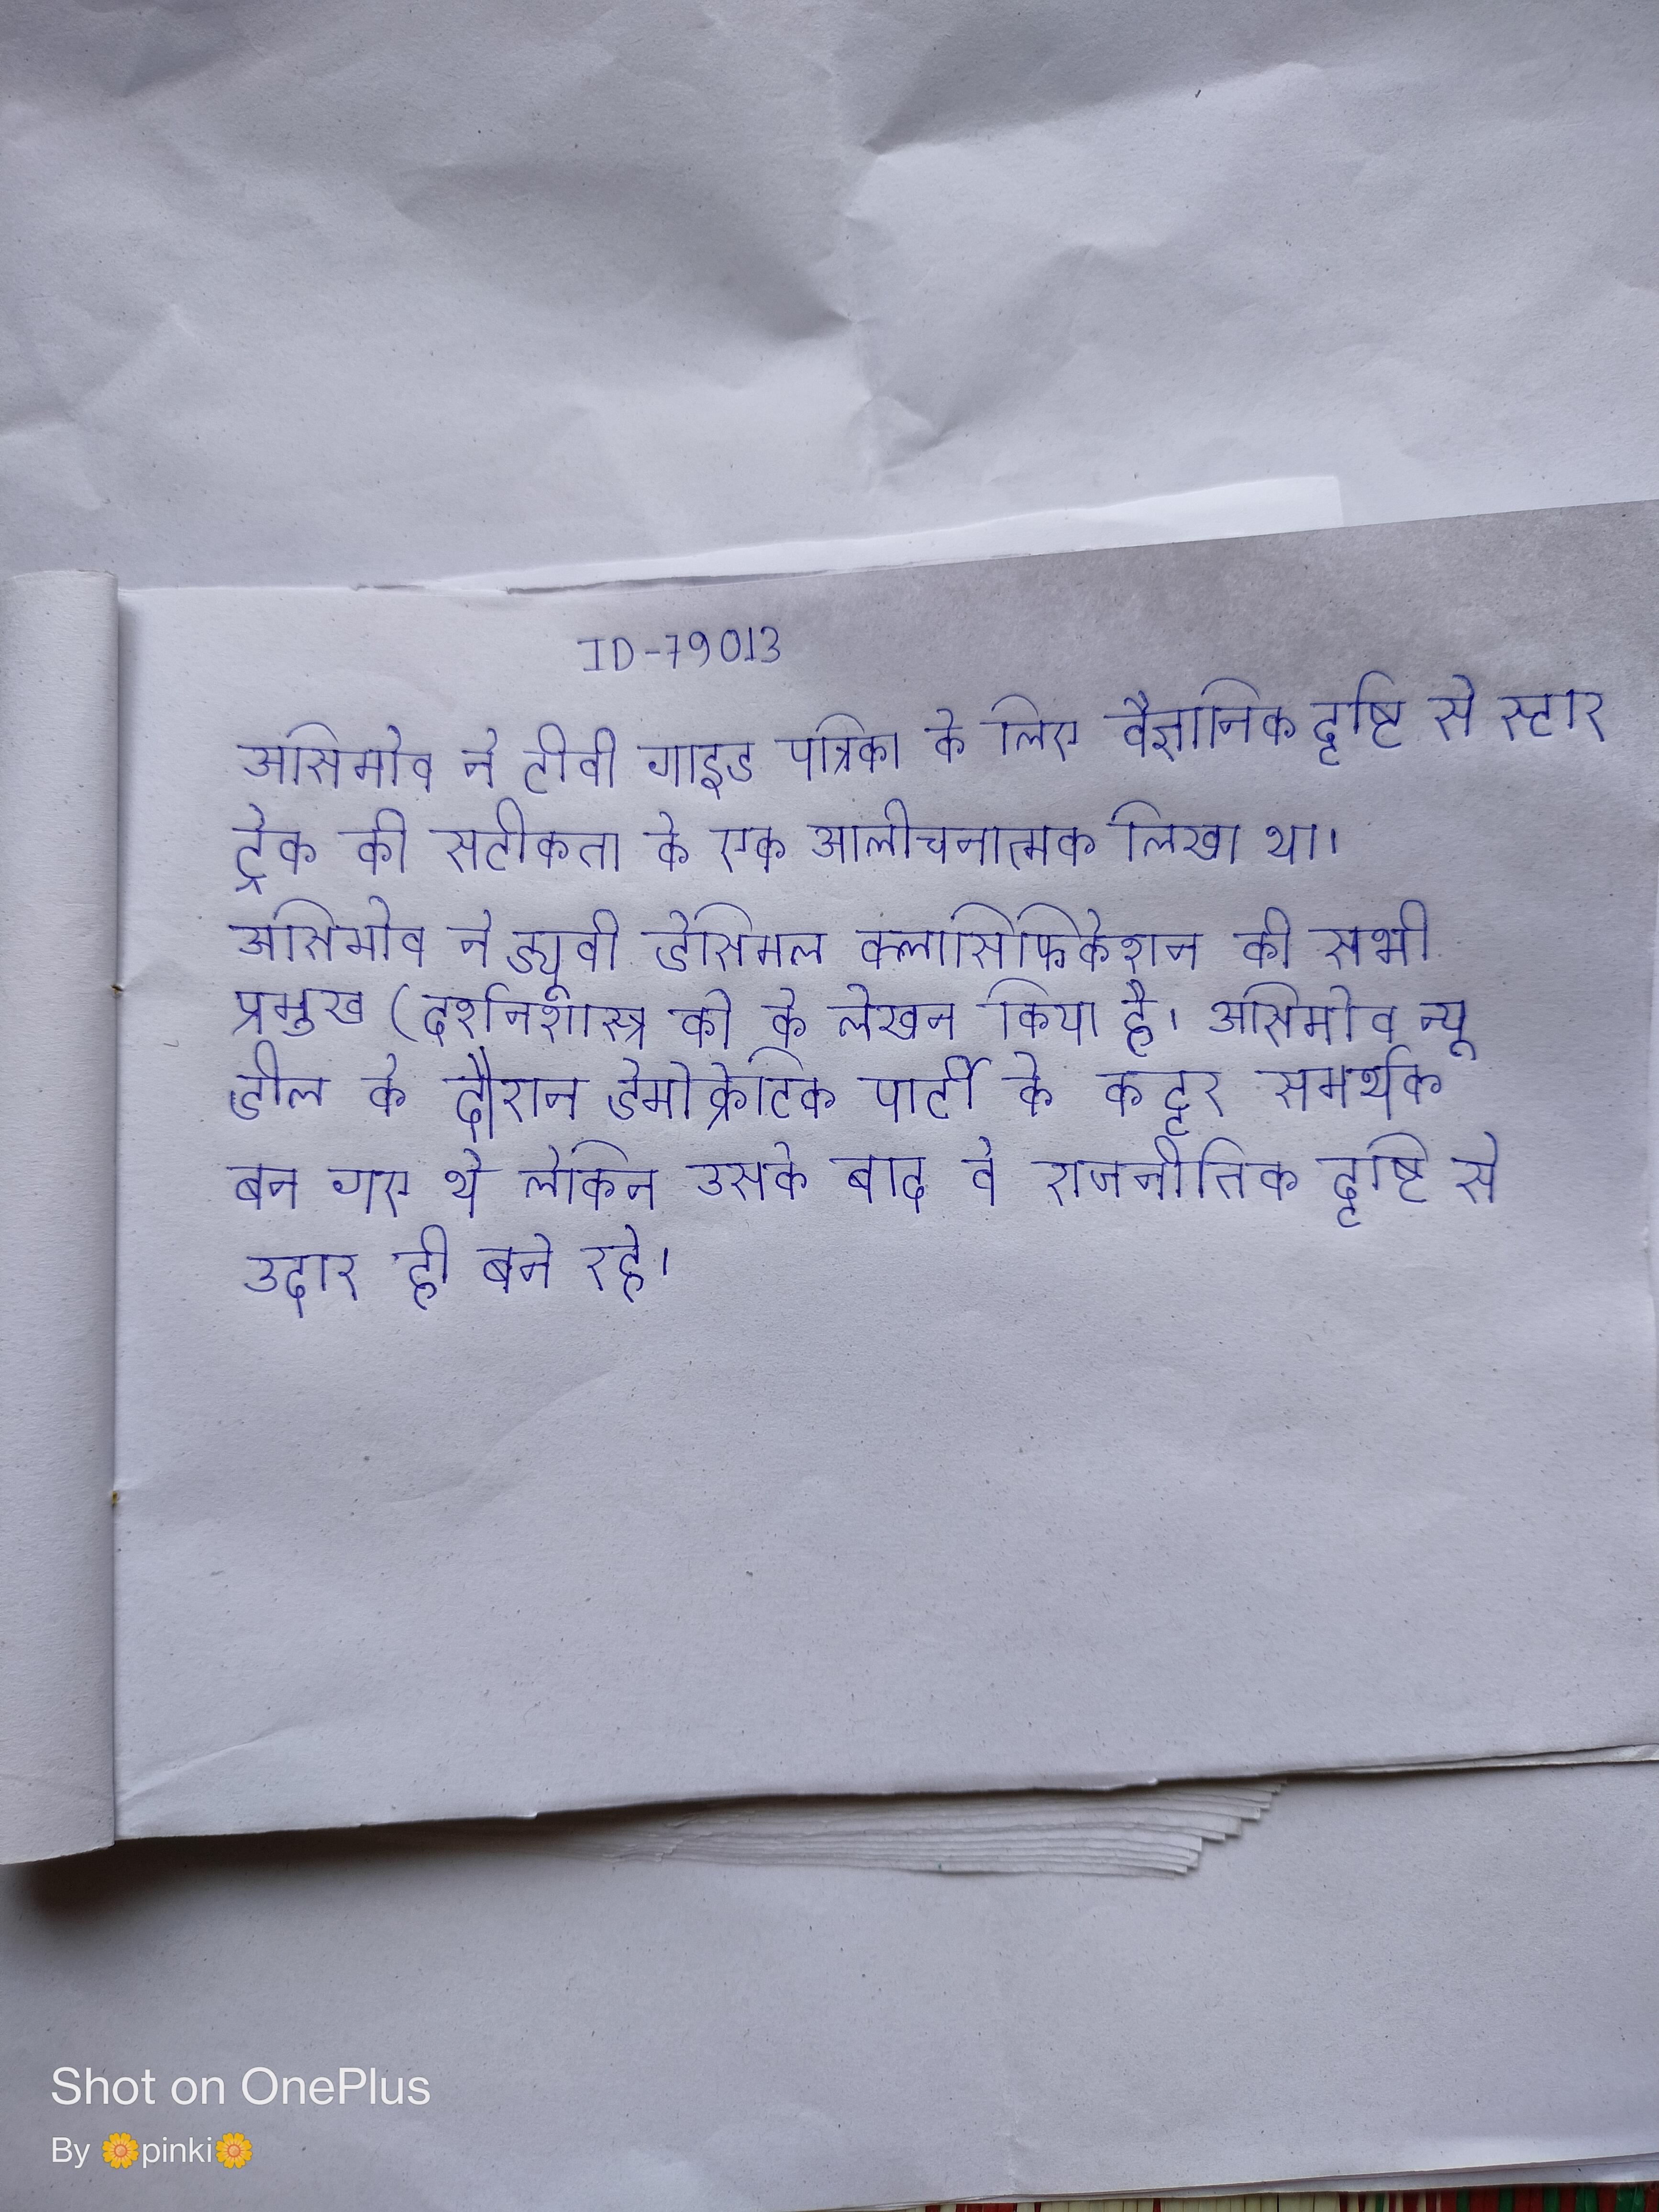
असिमोव ने टीवी गाइड पत्रिका के लिए वैज्ञानिक दृष्टि से स्टार ट्रेक की सटीकता के एक आलोचनात्मक लिखा था । असिमोव ने ड्यूवी डेसिमल क्लासिफिकेशन की सभी प्रमुख (दर्शनशास्त्र को के लेखन किया है । असिमोव न्यू डील के दौरान डेमोक्रेटिक पार्टी के कट्टर समर्थक बन गए थे लेकिन उसके बाद वे राजनीतिक दृष्टि से उदार ही बने रहे ।